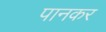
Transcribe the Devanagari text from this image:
पानकर